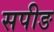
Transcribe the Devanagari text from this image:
सपीङ